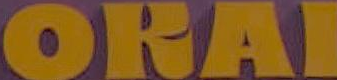
ORAI